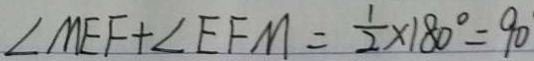
\angle M E F + \angle E F M = \frac { 1 } { 2 } \times 1 8 0 ^ { \circ } = 9 0